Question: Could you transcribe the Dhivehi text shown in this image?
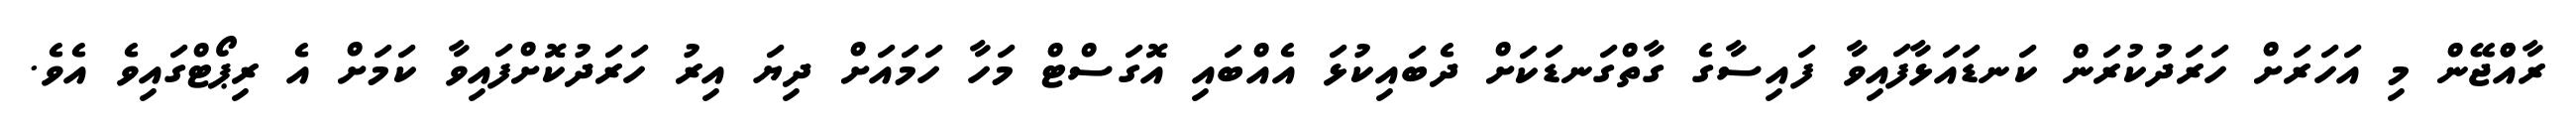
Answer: ރާއްްޖޭން މި އަހަރަށް ހަރަދުކުރަން ކަނޑައަޅާފައިވާ ފައިސާގެ ގާތްގަނޑަކަށް ދެބައިކުޅަ އެއްބައި އޮގަސްޓް މަހާ ހަމައަށް ދިޔަ އިރު ހަރަދުކޮށްފައިވާ ކަމަށް އެ ރިޕޯޓްގައިވެ އެވެ.